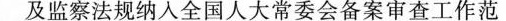
及监察法规纳入全国人大常委会备案审查工作范